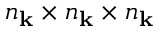
n _ { \mathbf k } \times n _ { \mathbf k } \times n _ { \mathbf k }